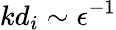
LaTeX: kd_{i}\sim\epsilon^{-1}